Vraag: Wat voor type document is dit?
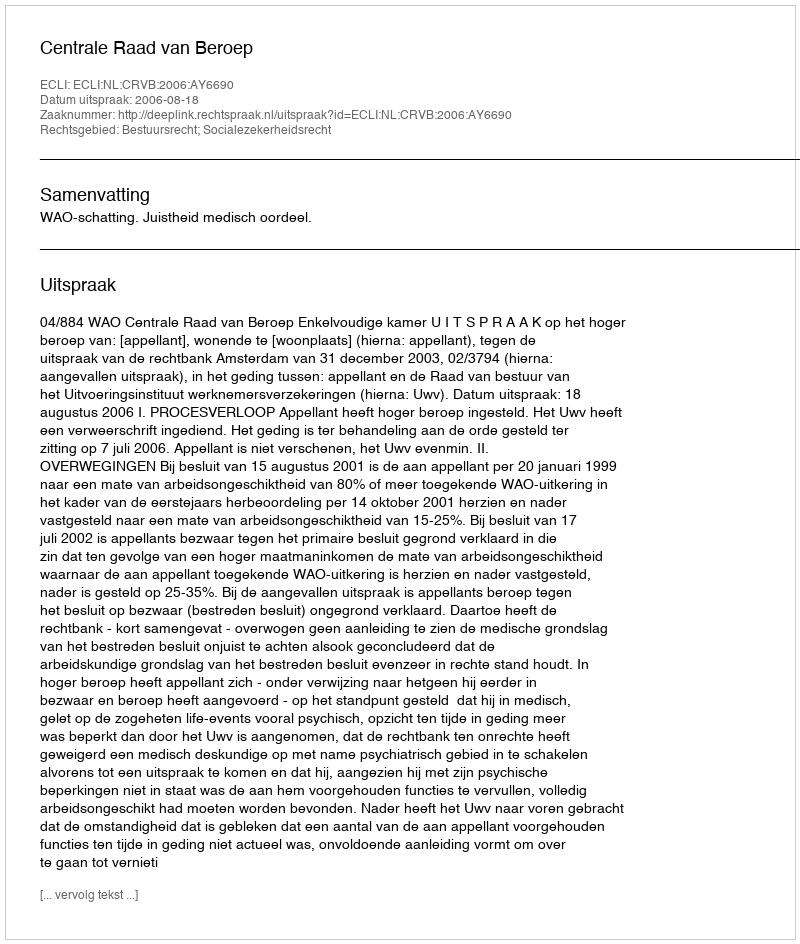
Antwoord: Uitspraak